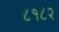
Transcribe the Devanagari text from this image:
८१८२